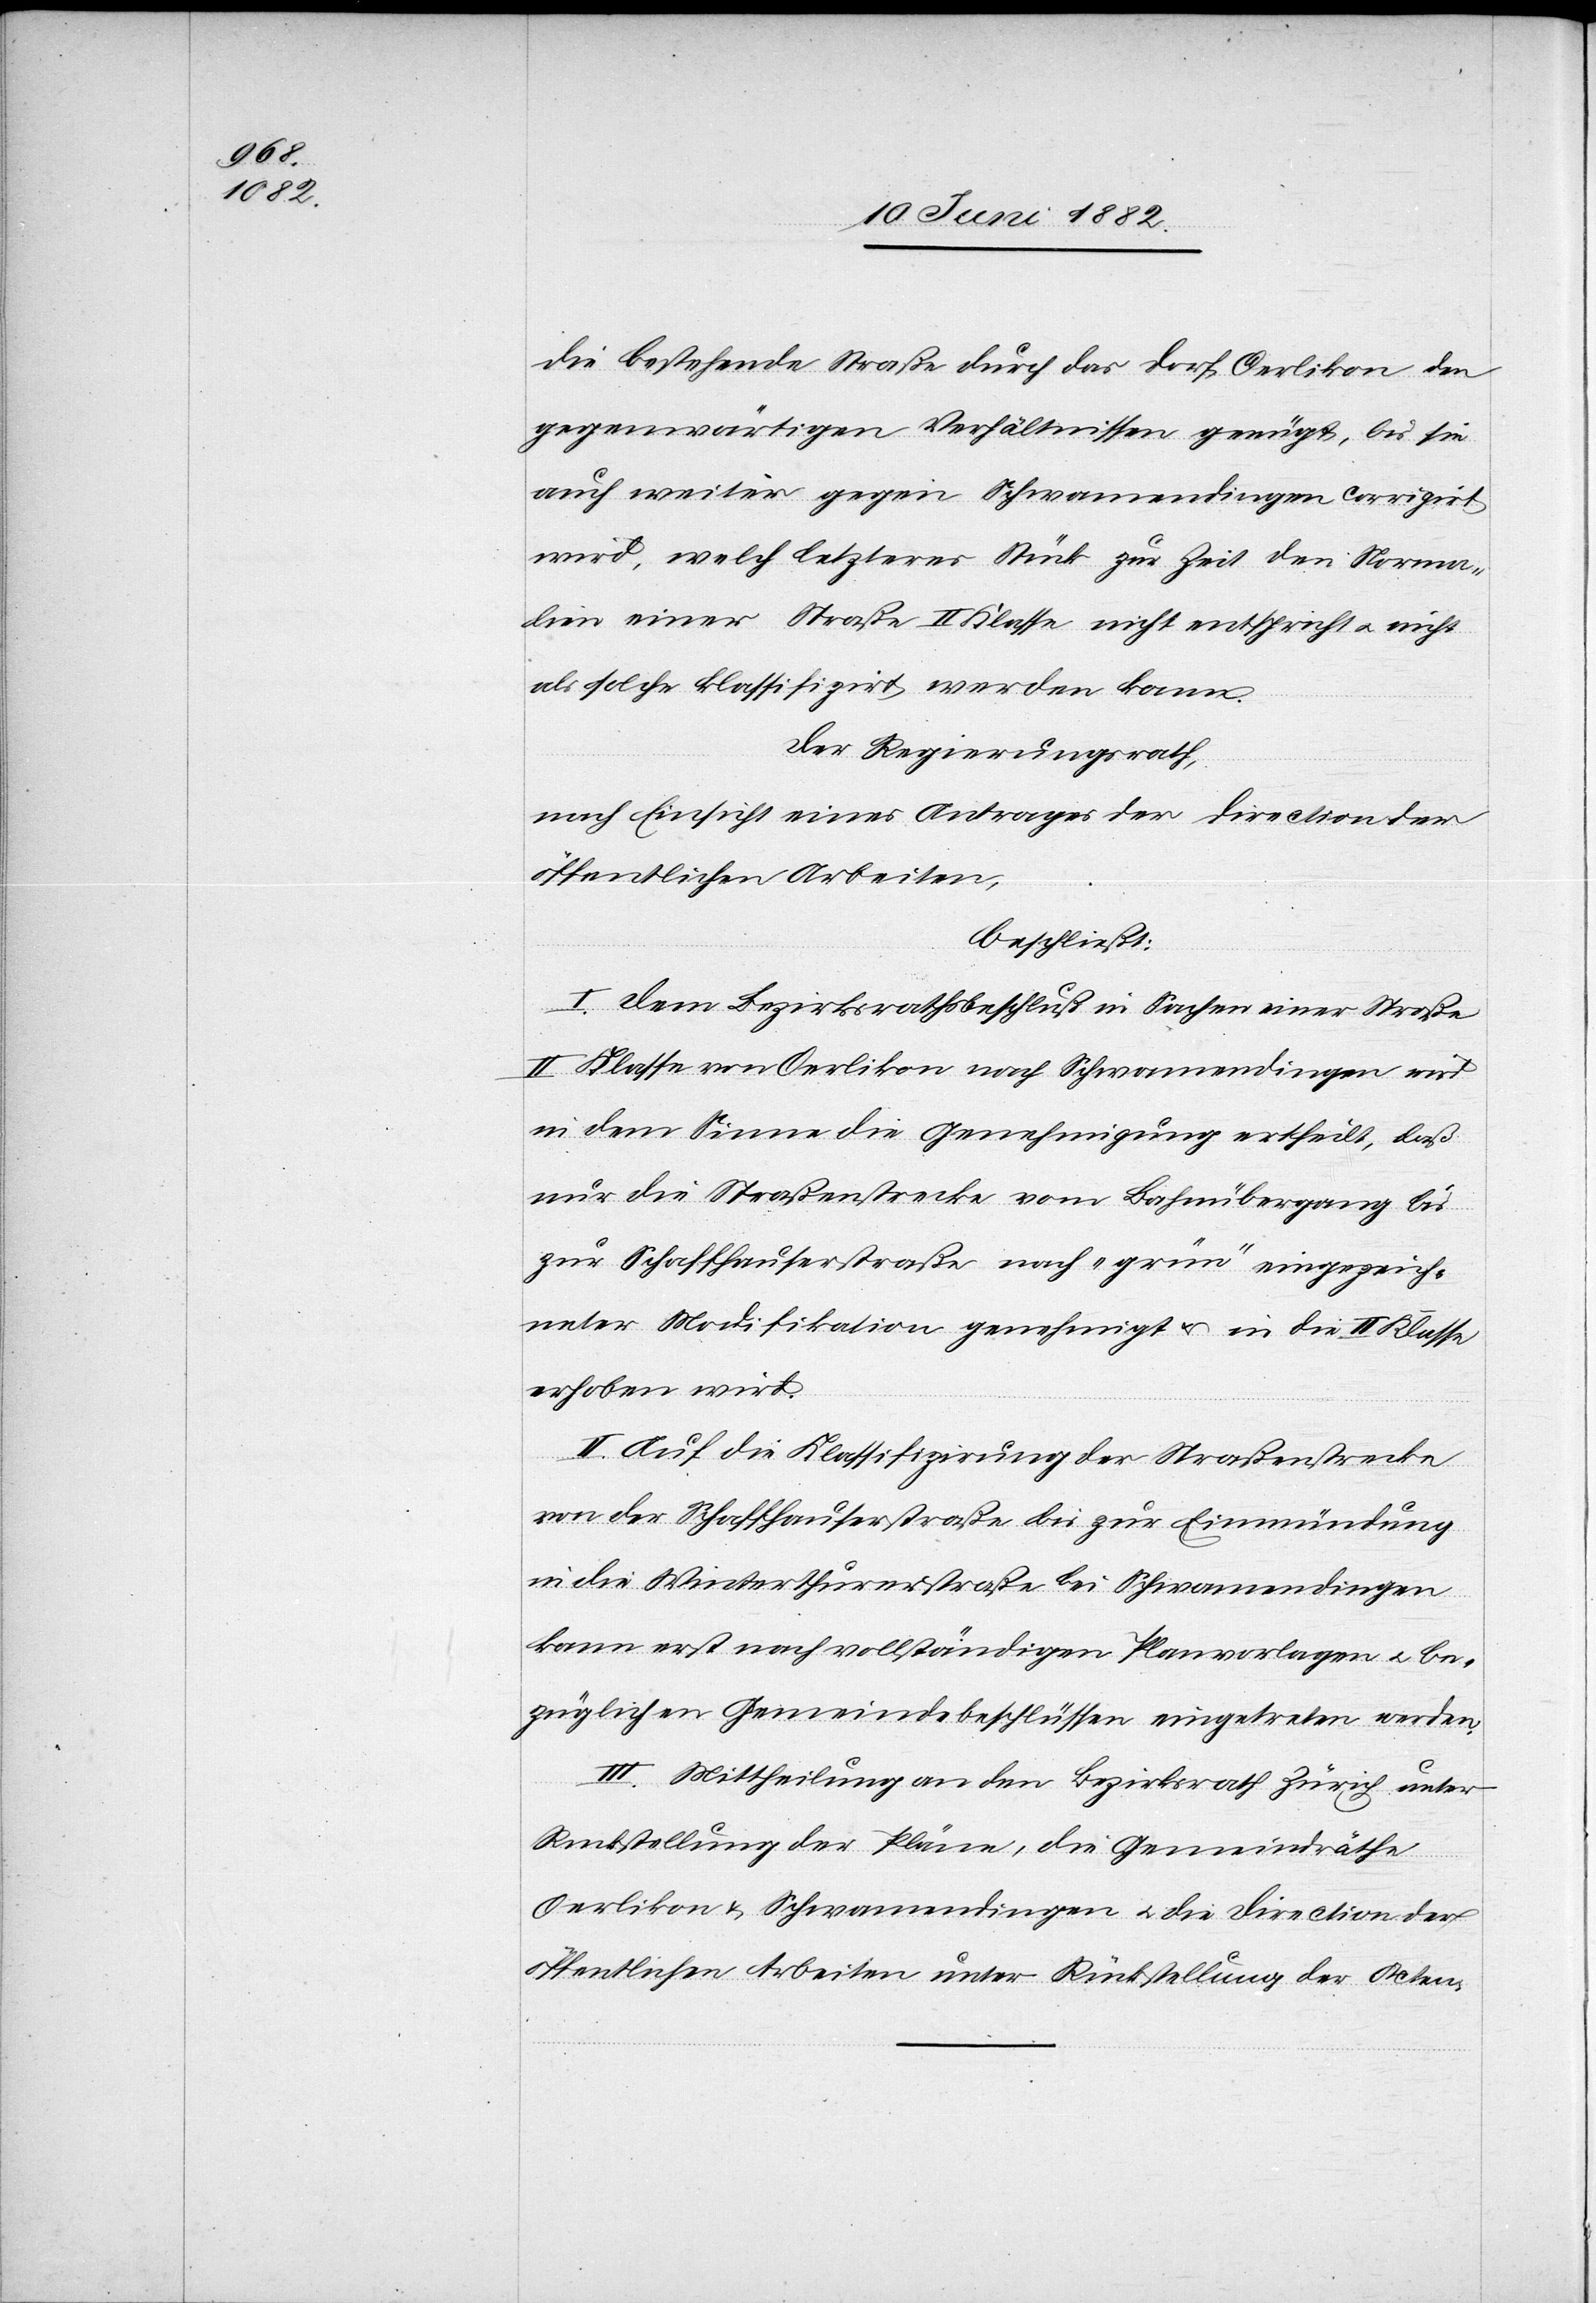
die bestehende Straße durch das Dorf Oerlikon den
gegenwärtigen Verhältnissen genügt, bis sie
auch weiter gegen Schwamendingen corrigirt
wird, welch letzteres Stück zur Zeit den Norma¬
lien einer Straße II. Klasse nicht entspricht u. nicht
als solche klassifizirt werden kann.
Der Regierungsrath,
nach Einsicht eines Antrages der Direction der
öffentlichen Arbeiten,
beschließt:
I. Dem Bezirksrathsbeschluß in Sachen einer Straße
II. Klasse von Oerlikon nach Schwamendingen wird
in dem Sinne die Genehmigung ertheilt, daß
nur die Straßenstrecke vom Bahnübergang bis
zur Schaffhauserstraße nach „grün“ eingezeich¬
neter Modifikation genehmigt u. in de II. Klasse
erhoben wird.
II. Auf die Klassifizirung der Straßenstrecke
von der Schaffhauserstraße bis zur Einmündung
in die Winterthurerstraße bei Schwamendingen
kann erst nach vollständiger Planvorlage u. be¬
züglichen Gemeindebeschlüssen eingetreten werden.
III. Mittheilung an den Bezirksrath Zürich unter
Rückstellung der Pläne, die Gemeindräthe
Oerlikon & Schwamendingen u. die Direction der
öffentlichen Arbeiten unter Rückstellung der Acten.